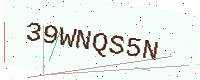
Text: 39WNQS5N